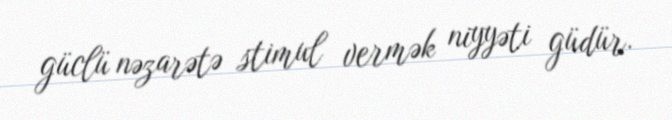
güclü nəzarətə stimul vermək niyyəti güdür.